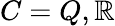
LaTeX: C=Q,\mathbb{R}